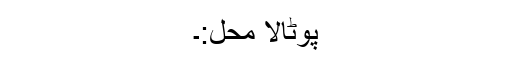
پوٹالا محل:۔